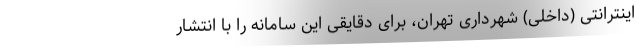
اینترانتی (داخلی) شهرداری تهران، برای دقایقی این سامانه را با انتشار